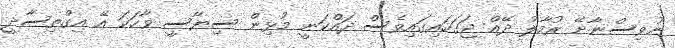
ނުވިސްނާށޭ ރުމާލު ދޭއް ޖަގަހައިގައިވެސް ދައްްކަނީ މުޅިން ސިޔާސީ ވާހަކަ އޭ އިގްތިސާދީ